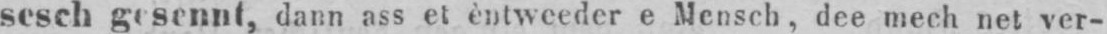
sesch gesennt, dann ass et èntweeder e Mensch, dee mech net ver-